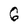
Character: 6